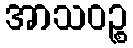
အာသဝဉ္စ